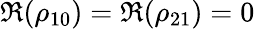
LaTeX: \Re(\rho_{10})=\Re(\rho_{21})=0